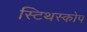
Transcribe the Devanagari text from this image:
स्टिथस्कोप